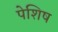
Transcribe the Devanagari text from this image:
पेशिष